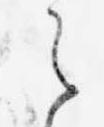
え